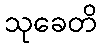
သုခေတိ